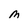
Character: m